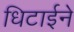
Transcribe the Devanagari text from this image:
धिटाईने